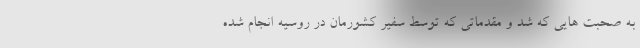
به صحبت هایی که شد و مقدماتی که توسط سفیر کشورمان در روسیه انجام شده